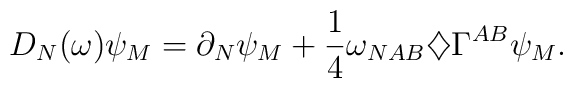
D_N(\omega)\psi_M=\partial_N\psi_M+\frac{1}{4}\omega_{NAB}\diamondsuit\Gamma^{AB}\psi_M.